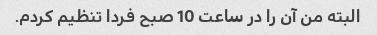
البته من آن را در ساعت 10 صبح فردا تنظیم کردم.